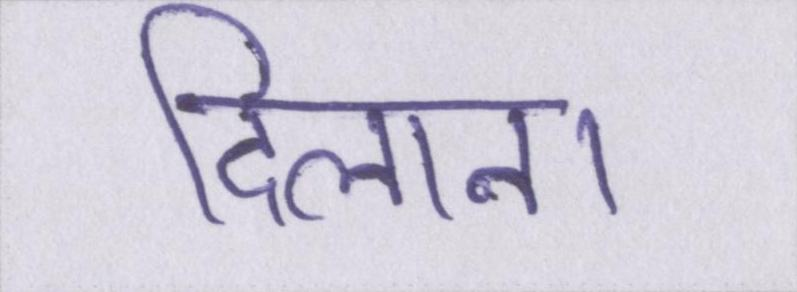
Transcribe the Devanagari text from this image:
दिलाना